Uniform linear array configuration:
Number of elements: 16
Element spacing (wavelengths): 0.25
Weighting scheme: hamming
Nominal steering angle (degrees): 30
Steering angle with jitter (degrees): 29.838
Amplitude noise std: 0.05
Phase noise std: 0.05

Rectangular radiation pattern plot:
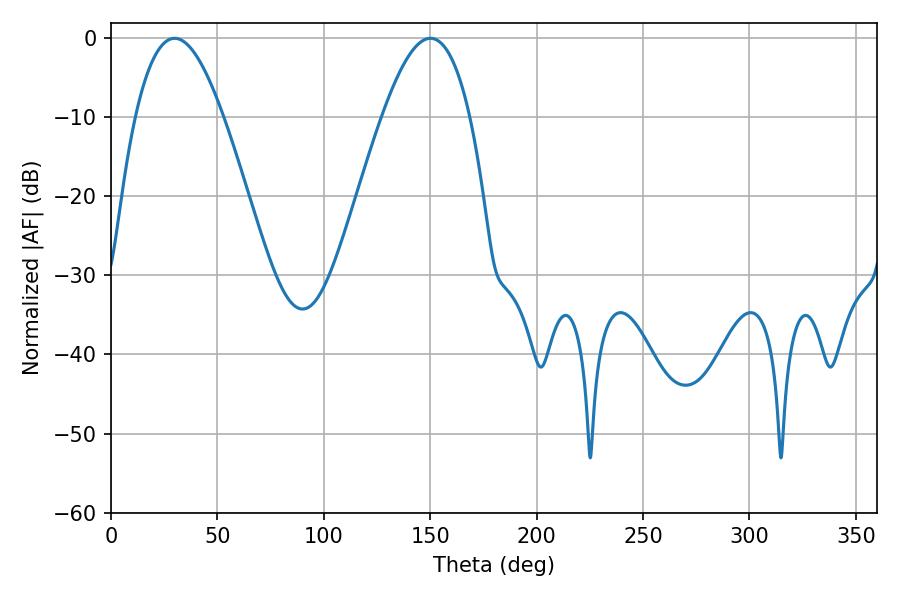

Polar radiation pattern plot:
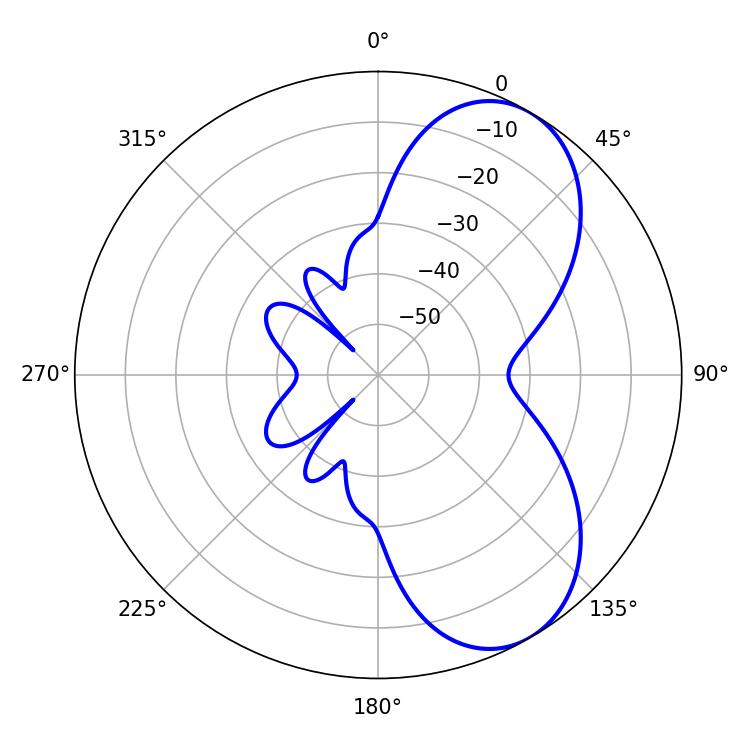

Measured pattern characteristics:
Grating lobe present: FALSE
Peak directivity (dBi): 6.624
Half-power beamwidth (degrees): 22.5
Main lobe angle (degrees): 29.88